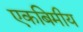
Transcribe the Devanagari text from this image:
एकबिमीय